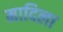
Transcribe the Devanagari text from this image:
मादिला